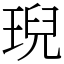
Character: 𤦤